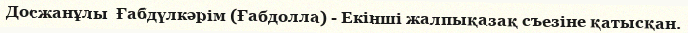
Досжанұлы  Ғабдүлкәрім (Ғабдолла) - Екінші жалпықазақ съезіне қатысқан.